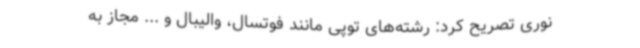
نوری تصریح کرد: رشته‌های توپی مانند فوتسال، والیبال و ... مجاز به